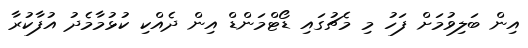
އިން ބަލިވުމަށް ފަހު މި މެޗުގައި ޑޯޓްމަންޑް އިން ދެއްކި ކުޅުމާމެދު އުފާކުރާ